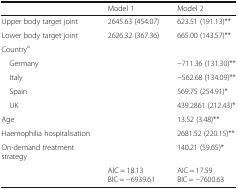
<table><thead><tr><td></td><td><b>Model 1</b></td><td><b>Model 2</b></td></tr></thead><tbody><tr><td>Upper body target joint</td><td>2645.63 (454.07)</td><td>623.51 (191.13)**</td></tr><tr><td>Lower body target joint</td><td>2626.32 (367.36)</td><td>665.00 (143.57)**</td></tr><tr><td>Country<sup>a</sup></td><td></td><td></td></tr><tr><td> Germany</td><td></td><td>−711.36 (131.30)**</td></tr><tr><td> Italy</td><td></td><td>−562.68 (134.09)**</td></tr><tr><td> Spain</td><td></td><td>569.75 (254.91)*</td></tr><tr><td> UK</td><td></td><td>439.2861 (212.43)*</td></tr><tr><td>Age</td><td></td><td>13.52 (3.48)**</td></tr><tr><td>Haemophilia hospitalisation</td><td></td><td>2681.52 (220.15)**</td></tr><tr><td>On-demand treatment strategy</td><td></td><td>140.21 (59.65)*</td></tr><tr><td></td><td>AIC = 18.13 BIC = −6939.61</td><td>AIC = 17.59 BIC = −7600.63</td></tr></tbody></table>